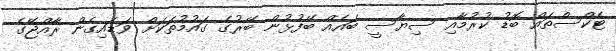
ޓެކްސްތައް ބޮޑު ކުރުމާއި ސިޔާސީ ބައެއް ބޭފުޅުން ބޭރުގެ ގައުމުތަކަށް ވަޑައިގެން ރާއްޖޭގެ